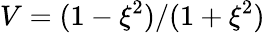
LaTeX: V=(1-\xi^{2})/(1+\xi^{2})